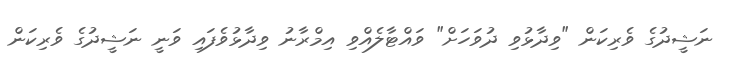
ނަޝީދުގެ ވެރިކަން "ވިދާޅުވި ދުވަހަށް" ވައްޓާލެއްވި އިމްރާނު ވިދާޅުވެފައި ވަނީ ނަޝީދުގެ ވެރިކަން